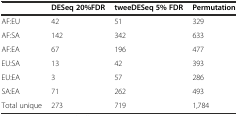
|  | DESeq 20%FDR | tweeDESeq 5% FDR | Permutation |
 | --- | --- | --- | --- |
 | AF:EU | 42 | 51 | 329 |
 | AF:SA | 142 | 342 | 633 |
 | AF:EA | 67 | 196 | 477 |
 | EU:SA | 13 | 42 | 393 |
 | EU:EA | 3 | 57 | 286 |
 | SA:EA | 71 | 262 | 493 |
 | Total unique | 273 | 719 | 1,784 |